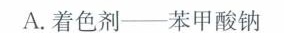
A.着色剂——苯甲酸钠